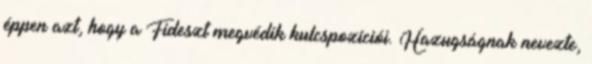
éppen azt, hogy a Fideszt megvédik kulcspozíciói. Hazugságnak nevezte,